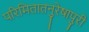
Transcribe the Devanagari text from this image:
परिमितातनुरेषापुरी